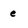
Character: e